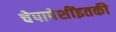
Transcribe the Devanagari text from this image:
चेपापेशींइतकी